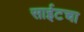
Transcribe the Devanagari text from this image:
साईटचा